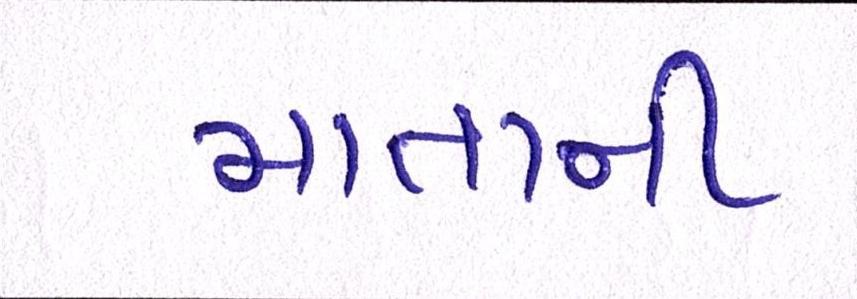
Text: માતાની